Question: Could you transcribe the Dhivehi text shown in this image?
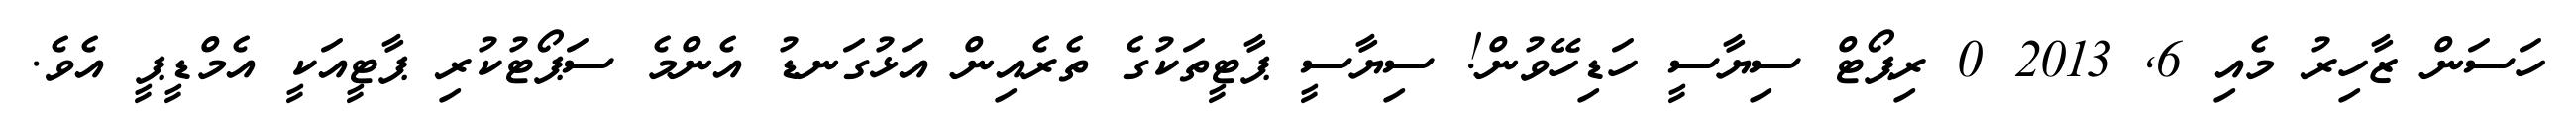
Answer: ހަސަން ޒާހިރު މެއި 6, 2013 0 ރިޕޯޓް ސިޔާސީ ހަޑިހޭވުން! ސިޔާސީ ޕާޓީތަކުގެ ތެރެއިން އަޅުގަނޑު އެންމެ ސަޕޯޓުކުރި ޕާޓީއަކީ އެމްޑީޕީ އެވެ.